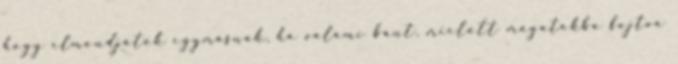
hogy elmondjátok egymásnak, ha valami bánt, mielőtt magatokba fojtva